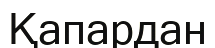
Қапардан